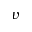
v